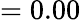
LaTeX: =0.00